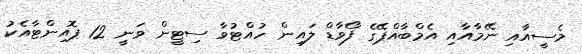
މެސީއާއި ނޭމާއާއި އެމްބާއްޕޭގެ ފޯވާޑް ލައިން ހުއްޓުވާ ސިޓީން ވަނީ 12 ޕޮއިންޓާއެކު